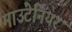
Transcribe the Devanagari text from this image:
माउंटेनियर